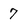
Character: 7